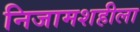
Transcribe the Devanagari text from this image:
निजामशहीला